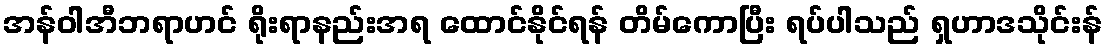
အန်ဝါအီဘရာဟင် ရိုးရာနည်းအရ ထောင်နိုင်ရန် တိမ်ကောပြီး ရပ်ပါသည် ရှဟာဒသိုင်းန်